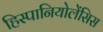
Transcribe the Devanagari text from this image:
हिस्पानियोलेंसिस